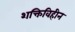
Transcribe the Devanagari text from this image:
शक्तिविहीन